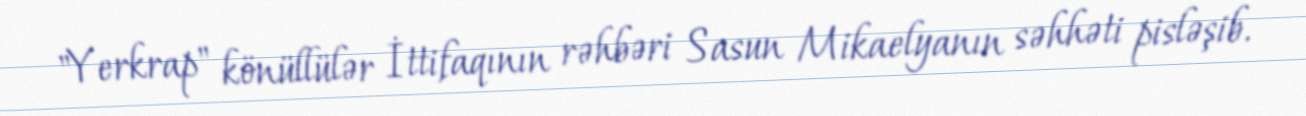
"Yerkrap" könüllülər İttifaqının rəhbəri Sasun Mikaelyanın səhhəti pisləşib.